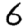
Digit: 6